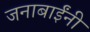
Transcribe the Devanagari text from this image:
जनाबाईंनी